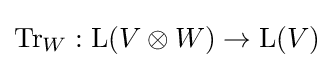
\operatorname {Tr} _{W}:\operatorname {L} (V\otimes W)\to \operatorname {L} (V)